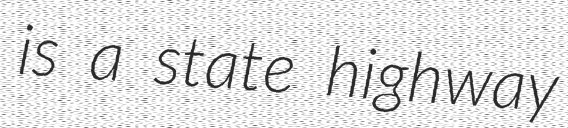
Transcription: is a state highway